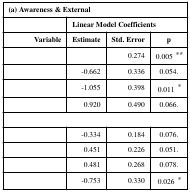
<table><thead><tr><td colspan="4"><b>(a) Awareness &amp; External</b></td></tr><tr><td>[EMPTY_CELL]</td><td colspan="3"><b>Linear Model Coefficients</b></td></tr><tr><td><b>Variable</b></td><td><b>Estimate</b></td><td><b>Std. Error</b></td><td><b>p</b></td></tr></thead><tbody><tr><td>[EMPTY_CELL]</td><td>[EMPTY_CELL]</td><td>0.274</td><td>0.005 **</td></tr><tr><td>[EMPTY_CELL]</td><td>-0.662</td><td>0.336</td><td>0.054.</td></tr><tr><td>[EMPTY_CELL]</td><td>-1.055</td><td>0.398</td><td>0.011 *</td></tr><tr><td>[EMPTY_CELL]</td><td>0.920</td><td>0.490</td><td>0.066.</td></tr><tr><td colspan="4">[EMPTY_CELL]</td></tr><tr><td>[EMPTY_CELL]</td><td>-0.334</td><td>0.184</td><td>0.076.</td></tr><tr><td>[EMPTY_CELL]</td><td>0.451</td><td>0.226</td><td>0.051.</td></tr><tr><td>[EMPTY_CELL]</td><td>0.481</td><td>0.268</td><td>0.078.</td></tr><tr><td>[EMPTY_CELL]</td><td>-0.753</td><td>0.330</td><td>0.026 *</td></tr></tbody></table>